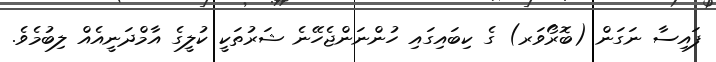
ފައިސާ ނަގަން (ބޮރޯވަރ) ގެ ކިބައިގައި ހުންނަންޖެހޭނެ ޝަރުތަކީ ކުލީގެ އާމްދަނީއެއް ލިބުމެވެ.